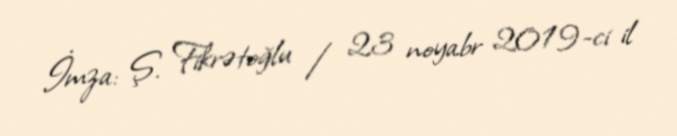
İmza: Ş. Fikrətoğlu / 23 noyabr 2019-ci il